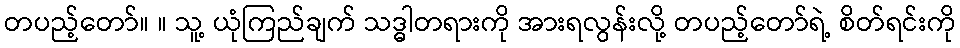
တပည့်တော်။ ။ သူ့ ယုံကြည်ချက် သဒ္ဓါတရားကို အားရလွန်းလို့ တပည့်တော်ရဲ့ စိတ်ရင်းကို